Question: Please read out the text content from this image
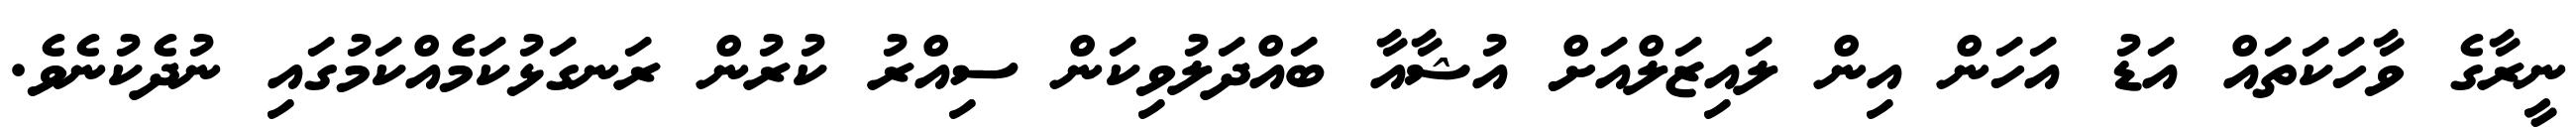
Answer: ނީރާގެ ވާހަކަތައް އަޑު އަހަން އިން ލައިޒަލްއަށް އުޝާއާ ބައްދަލުވިކަން ސިއްރު ކުރުން ރަނގަޅުކަމެއްކަމުގައި ނުދެކުނެވެ.